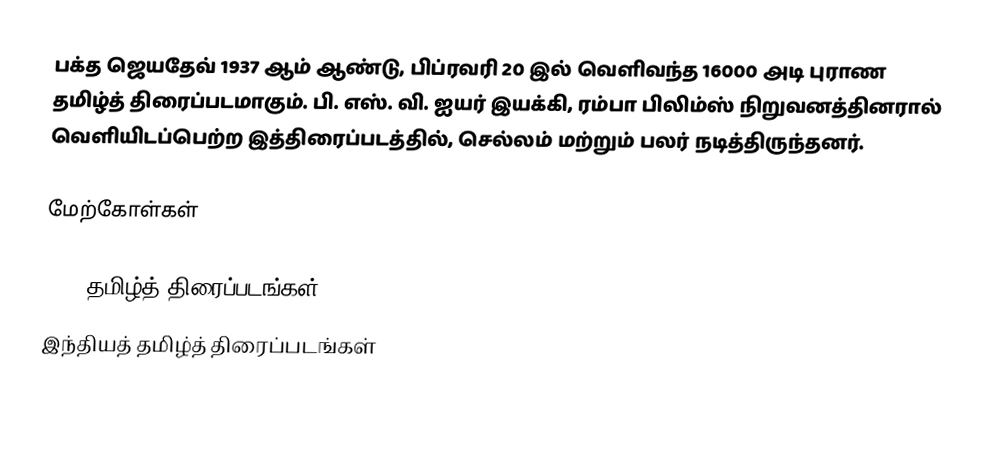
பக்த ஜெயதேவ் 1937 ஆம் ஆண்டு, பிப்ரவரி 20 இல் வெளிவந்த 16000 அடி புராண தமிழ்த் திரைப்படமாகும். பி. எஸ். வி. ஐயர் இயக்கி, ரம்பா பிலிம்ஸ் நிறுவனத்தினரால் வெளியிடப்பெற்ற இத்திரைப்படத்தில், செல்லம் மற்றும் பலர் நடித்திருந்தனர்.

மேற்கோள்கள்

1937 தமிழ்த் திரைப்படங்கள்
இந்தியத் தமிழ்த் திரைப்படங்கள்